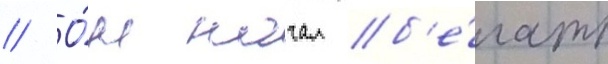
// О́н начал б'е́гать